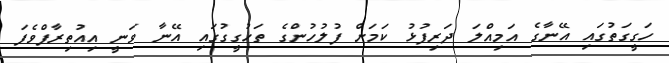
ހަގީގަތުގައި އޭނާގެ އަމިއްލަ ދަރިފުޅު ކަމަށް ފުލުހުންގެ ތަހުގީގުގައި އޭނާ ވަނީ އިއުތިރާފްވެފަ